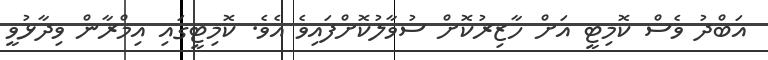
އަބްދު ވެސް ކޮމިޓީ އަށް ހާޒިރުކޮށް ސުވާލުކޮށްފައިވެ އެވެ. ކޮމިޓީގައި އިމްރާން ވިދާޅުވީ